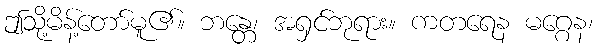
ဤသို့မိန့်တော်မူ၏။ ဘန္တေ၊ အရှင်ဘုရား။ ကတရေန မဂ္ဂေန၊